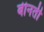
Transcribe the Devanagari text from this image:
बीनती